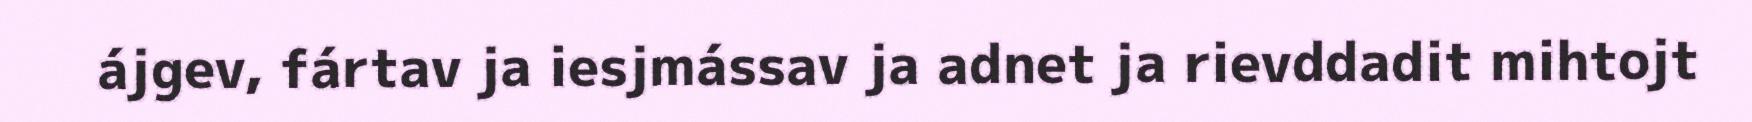
ájgev, fártav ja iesjmássav ja adnet ja rievddadit mihtojt